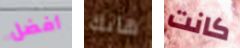
أفضل هانك كانت